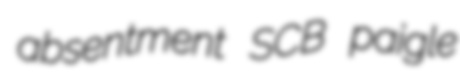
absentment SCB paigle